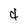
Character: 4